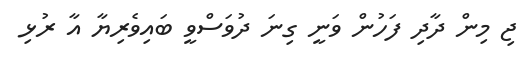
ޖި މިން ދާދި ފަހުން ވަނީ ގިނަ ދުވަސްވީ ބައިވެރިޔާ އާ ރުޅި